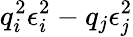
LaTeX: q_{i}^{2}\epsilon_{i}^{2}-{q_{j}}\epsilon_{j}^{2}